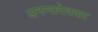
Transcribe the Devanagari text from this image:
अनन्तदेवका